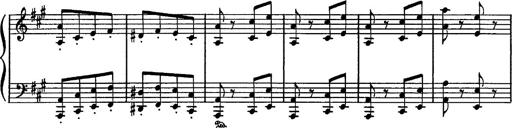
Title: Hungarian Rhapsody No.16
Composer: Franz Liszt
Key: A minor